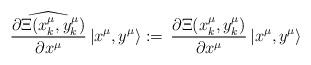
LaTeX: \begin{align*}\widehat{\frac{\partial \Xi({x}^\mu_k,{y}^\mu_k)}{\partial x^\mu}}\,|x^\mu,y^\mu\rangle :=\,\frac{\partial \Xi({x}^\mu_k,{y}^\mu_k)}{\partial x^\mu}\,|x^\mu,y^\mu\rangle\end{align*}